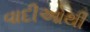
વાદીઓથી